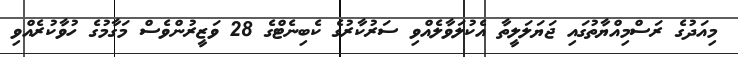
މިއަދުގެ ރަސްމިއްޔާތުގައި ޖަޔަލަލީތާ އެކުލަވާލެއްވި ސަރުކާރުގެ ކެބިނެޓްގެ 28 ވަޒީރުންވެސް މަގާމުގެ ހުވާކުރެއްވި